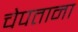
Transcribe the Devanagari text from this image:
चेपताना